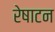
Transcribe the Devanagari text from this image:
रेषाटन